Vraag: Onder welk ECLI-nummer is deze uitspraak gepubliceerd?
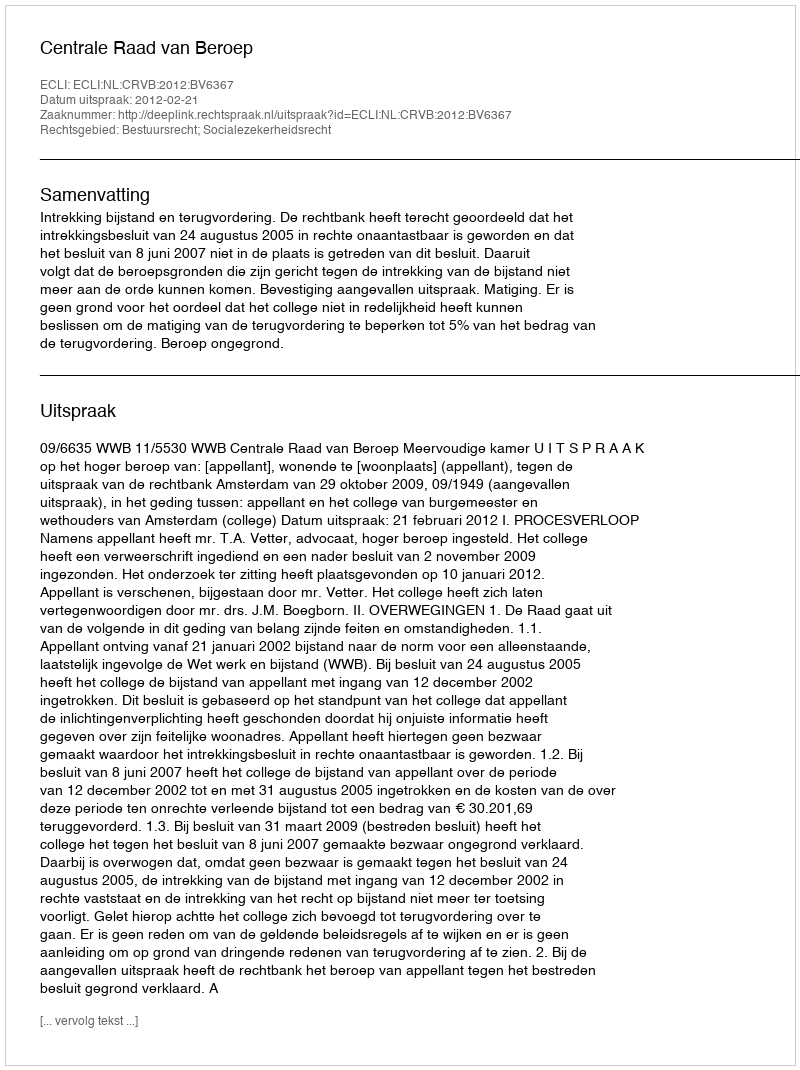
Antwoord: ECLI:NL:CRVB:2012:BV6367